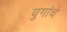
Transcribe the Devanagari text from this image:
युगांचे